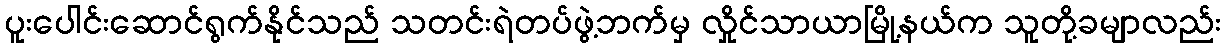
ပူးပေါင်းဆောင်ရွက်နိုင်သည် သတင်းရဲတပ်ဖွဲ့ဘက်မှ လှိုင်သာယာမြို့နယ်က သူတို့ခမျာလည်း